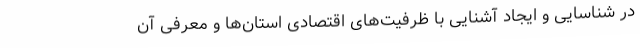
در شناسایی و ایجاد آشنایی با ظرفیت‌های اقتصادی استان‌ها و معرفی آن